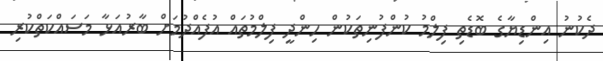
ދެކުނު އިންޑިޔާގެ ބޮޑެތި ފިލްމު ކުންފުނިތަކުން ހިންދީ ފިލްމުތައް އުފެއްދުމަށް ބާރުއަޅާ މަސައްކަތްކުރި